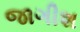
જાગીશ